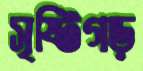
সৃষ্টিগড়